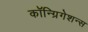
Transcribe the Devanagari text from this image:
कॉन्ग्रिगेशन्स